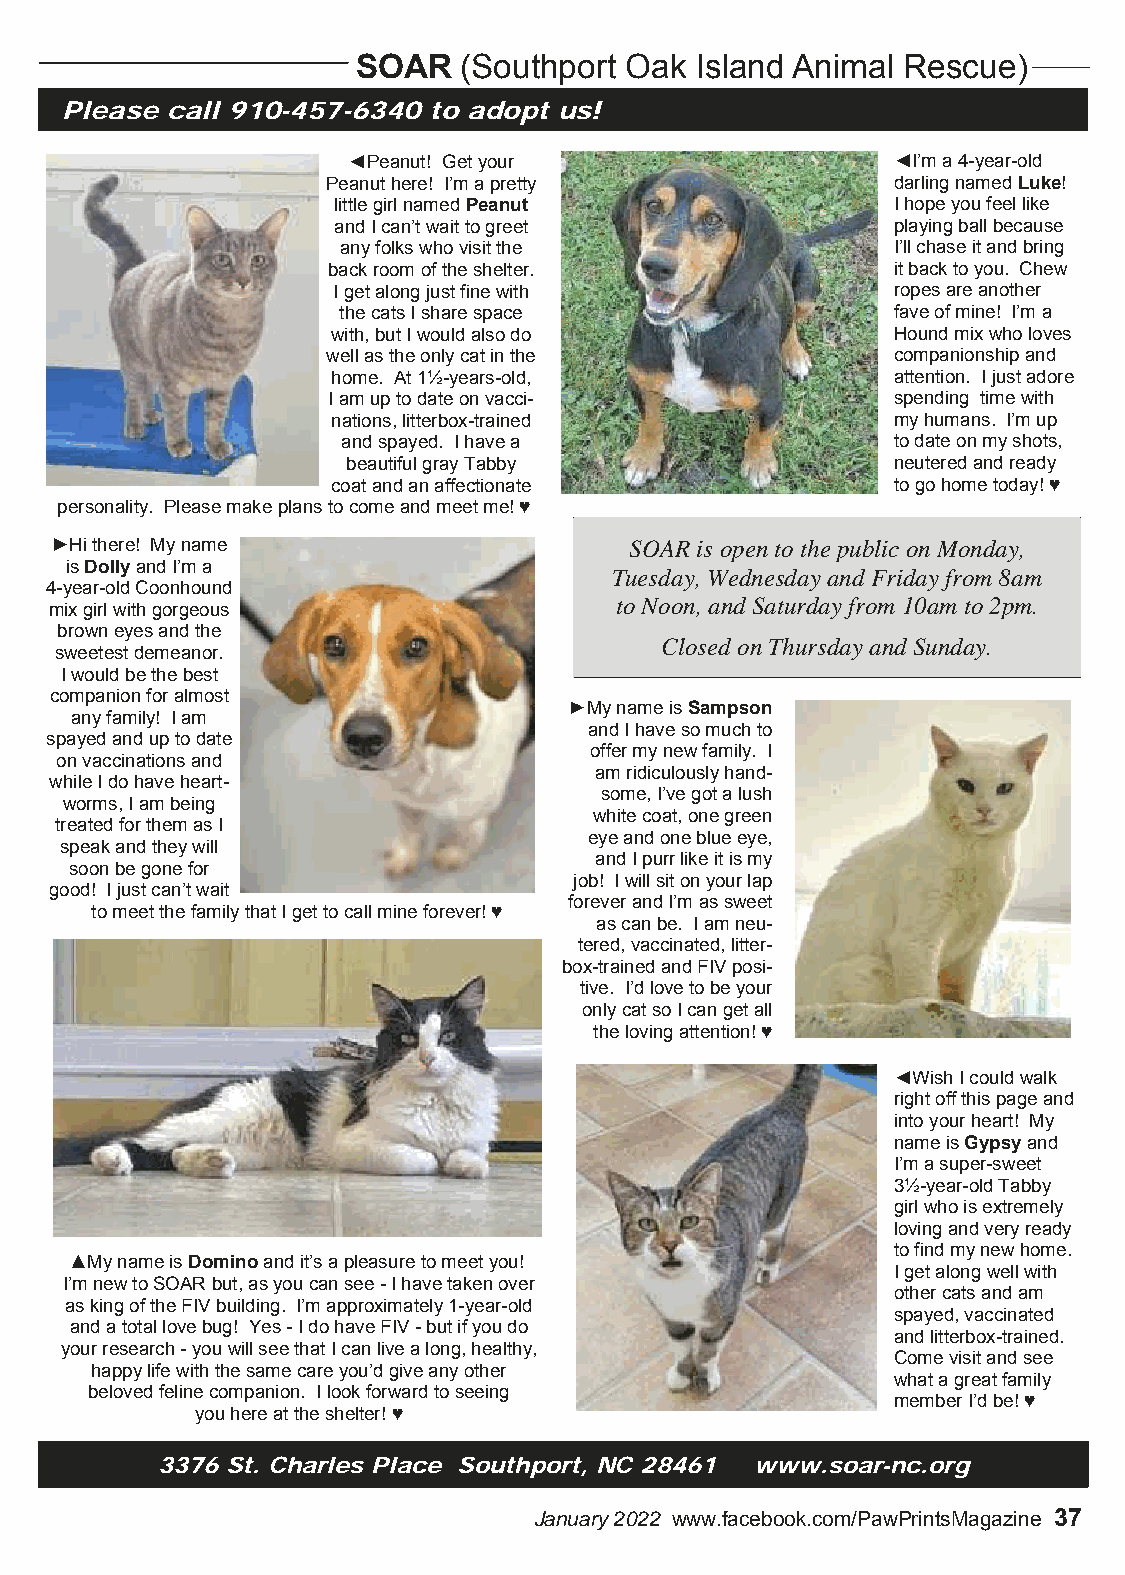
SOAR   (Southport Oak Island Animal Rescue)
 Please call 910-457-6340 to adopt us!
 ◄Peanut! Get your                   ◄I’m a 4-year-old
 Peanut here! I’m a pretty            darling named Luke!
 little girl named Peanut             I hope you feel like
 and I can’t wait to greet            playing ball because
 any folks who visit the             I’ll chase it and bring
 back room of the shelter.            it back to you. Chew
 I get along just fine with           ropes are another
 the cats I share space               fave of mine! I’m a
 with, but I would also do            Hound mix who loves
 well as the only cat in the          companionship and
 home. At 1½-years-old,               attention. I just adore
 I am up to date on vacci-            spending time with
 nations, litterbox-trained           my humans. I’m up
 and spayed. I have a                to date on my shots,
 beautiful gray Tabby                neutered and ready
 coat and an affectionate             to go home today! ♥
 personality. Please make plans to come and meet me! ♥
 ►Hi there! My name                     SOAR is open to the public on Monday,
 is Dolly and I’m a
 Tuesday, Wednesday and Friday from 8am
 4-year-old Coonhound
 to Noon, and Saturday from 10am to 2pm.
 mix girl with gorgeous
 brown eyes and the
 Closed on Thursday and Sunday.
 sweetest demeanor.
 I would be the best
 companion for almost
 ►My name is Sampson
 any family! I am
 and I have so much to
 spayed and up to date
 offer my new family. I
 on vaccinations and
 am ridiculously hand-
 while I do have heart-
 some, I’ve got a lush
 worms, I am being
 white coat, one green
 treated for them as I
 eye and one blue eye,
 speak and they will
 and I purr like it is my
 soon be gone for
 job! I will sit on your lap
 good! I just can’t wait
 forever and I’m as sweet
 to meet the family that I get to call mine forever! ♥
 as can be. I am neu-
 tered, vaccinated, litter-
 box-trained and FIV posi-
 tive. I’d love to be your
 only cat so I can get all
 the loving attention! ♥
 ◄Wish I could walk
 right off this page and
 into your heart! My
 name is Gypsy and
 I’m a super-sweet
 3½-year-old Tabby
 girl who is extremely
 loving and very ready
 to find my new home.
 ▲My name is Domino and it’s a pleasure to meet you!
 I get along well with
 I’m new to SOAR but, as you can see - I have taken over
 other cats and am
 as king of the FIV building. I’m approximately 1-year-old
 spayed, vaccinated
 and a total love bug! Yes - I do have FIV - but if you do
 and litterbox-trained.
 your research - you will see that I can live a long, healthy,
 Come visit and see
 happy life with the same care you’d give any other
 what a great family
 beloved feline companion. I look forward to seeing
 member I’d be! ♥
 you here at the shelter! ♥
 3376 St. Charles Place Southport, NC 28461 www.soar-nc.org
 January 2022 www.facebook.com/PawPrintsMagazine 37